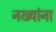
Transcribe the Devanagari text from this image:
नख्यांना